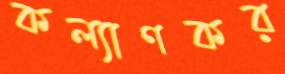
কল্যাণকর